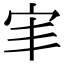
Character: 𫲸